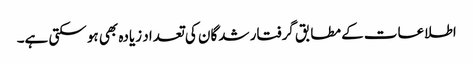
اطلاعات کے مطابق گرفتار شدگان کی تعداد زیادہ بھی ہو سکتی ہے۔